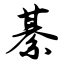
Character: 綦